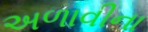
અળાવીના